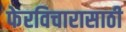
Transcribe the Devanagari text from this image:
फेरविचारासाठी